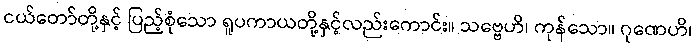
ငယ်တော်တို့နှင့် ပြည့်စုံသော ရူပကာယတို့နှင့်လည်းကောင်း။ သဗ္ဗေဟိ၊ ကုန်သော။ ဂုဏေဟိ၊